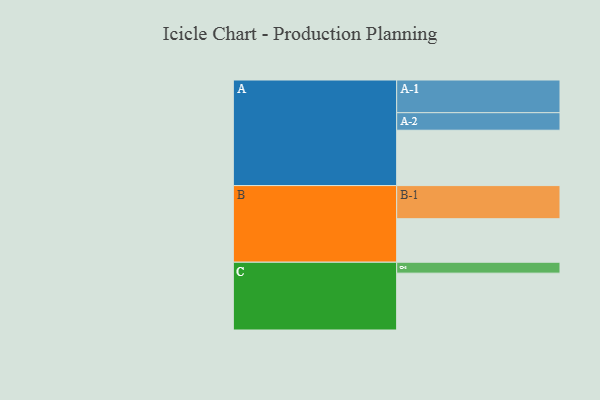
{"axis": {"x": "Segment", "y": "Value"}, "legend": ["", "A", "B", "C"], "data": [{"x": "A", "y": 486, "type": ""}, {"x": "B", "y": 382, "type": ""}, {"x": "C", "y": 499, "type": ""}, {"x": "A-1", "y": 287, "type": "A"}, {"x": "A-2", "y": 154, "type": "A"}, {"x": "B-1", "y": 291, "type": "B"}, {"x": "C-1", "y": 96, "type": "C"}]}